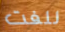
للفت